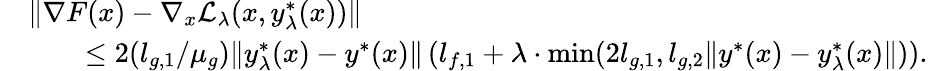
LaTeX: \begin{array}{rl}&{\| \nabla F(x)-\nabla_{x}\mathcal{L}_{\lambda}(x,y_{\lambda}^{*}(x))\| }\\ &{\qquad\le 2(l_{g,1}/\mu_{g})\| y_{\lambda}^{*}(x)-y^{*}(x)\| \left(l_{f,1}+\lambda\cdot\operatorname*{min}(2l_{g,1},l_{g,2}\| y^{*}(x)-y_{\lambda}^{*}(x)\| )\right).}\end{array}